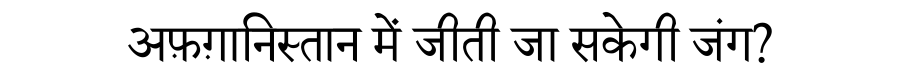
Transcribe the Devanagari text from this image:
अफ़ग़ानिस्तान में जीती जा सकेगी जंग?